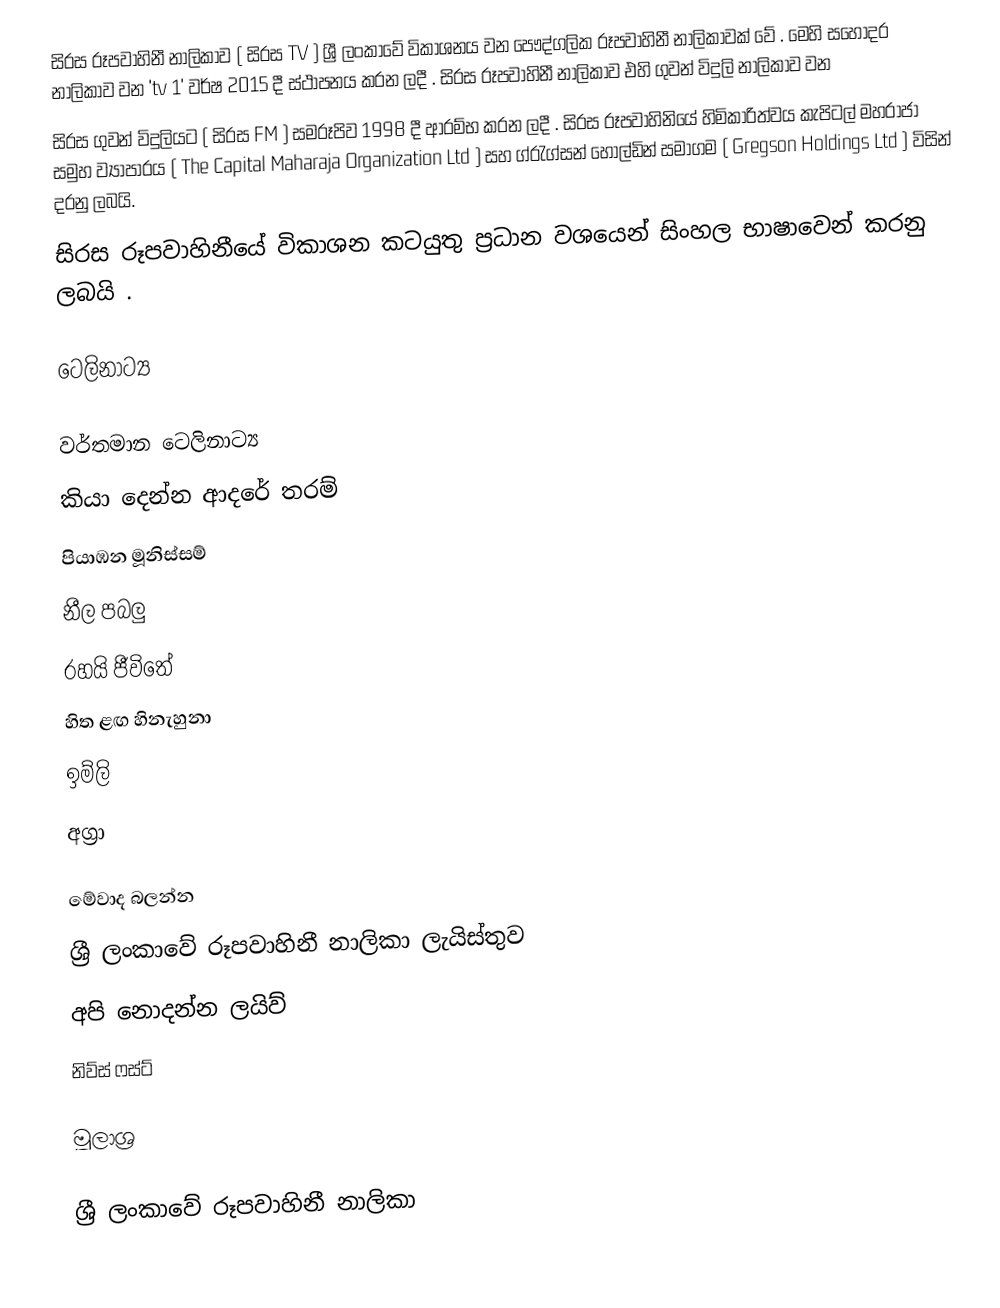
සිරස රූපවාහිනී නාලිකාව  ( සිරස TV ) ශ්‍රී ලංකාවේ විකාශනය වන පෞද්ගලික රූපවාහිනී නාලිකාවක් වේ . මෙහි සහෝදර නාලිකාව වන 'tv 1' වර්ෂ 2015 දී ස්ථාපනය කරන ලදී . සිරස රූපවාහිනී නාලිකාව එහි ගුවන් විදුලි නාලිකාව වන
සිරස ගුවන් විදුලියට ( සිරස FM ) සමරූපිව 1998 දී ආරම්භ කරන ලදී . සිරස රූපවාහිනියේ හිමිකාරිත්වය කැපිටල් මහරාජා සමුහ ව්‍යාපාරය ( The Capital Maharaja Organization Ltd ) සහ ග්රැග්සන් හෝල්ඩින් සමාගම ( Gregson Holdings Ltd ) විසින් දරනු ලබයි.
සිරස රූපවාහිනීයේ විකාශන කටයුතු ප්‍රධාන වශයෙන් සිංහල භාෂාවෙන් කරනු ලබයි .

ටෙලිනාට්‍ය

වර්තමාන ටෙලිනාට්‍ය
 කියා දෙන්න ආදරේ තරම්
 පියාඹන මූනිස්සම්
 නීල පබලු
 රහයි ජීවිතේ
 හිත ළඟ හිනැහුනා
 ඉම්ලි
 අග්‍රා

මේවාද බලන්න
 ශ්‍රී ලංකාවේ රූපවාහිනී නාලිකා ලැයිස්තුව
 අපි නොදන්න ලයිව්
 නිව්ස් ෆස්ට්

මූලාශ්‍ර

ශ්‍රී ලංකාවේ රූපවාහිනී නාලිකා